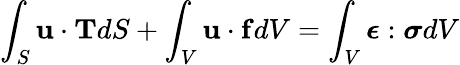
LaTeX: \int_{S}\mathbf{u\cdot T}dS+\int_{V}\mathbf{u}\cdot\mathbf{f}dV=\int_{V}{\boldsymbol{\epsilon}}:{\boldsymbol{\sigma}}dV